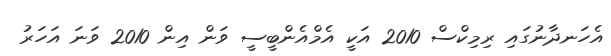
އެހަނދާނުގައި ރިމިކްސް 2010 އަކީ އެމްއެންބީސީ ވަން އިން 2010 ވަނަ އަހަރު